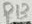
Text: R13